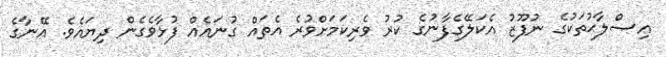
އިޞްލާޙުތަކުގެ ނުފޫޒު އެކަލޭގެފާނުގެ ކުރު ވެރިކަމަށްވުރެ އެތައް ގުނައެއް ފުޅާވެގެން ދިޔައެވެ. އޭނާގެ